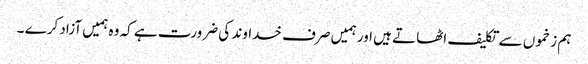
ہم زخموں سے تکلیف اٹھاتے ہیں اور ہمیں صرف خداوند کی ضرورت ہے کہ وہ ہمیں آزاد کرے ۔